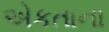
એકતાના